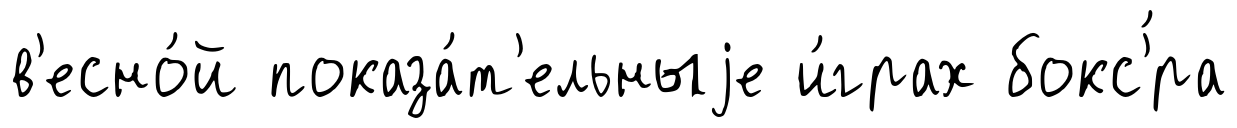
в'есно́й показа́т'ельныjе и́грах бокс'́ра